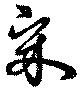
宋